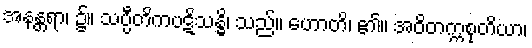
အနန္တရာ၊ ၌။ သပ္ပီတိကပဋိသန္ဓိ၊ သည်။ ဟောတိ၊ ၏။ အဝိတက္ကစုတိယာ၊